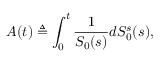
A ( t ) \triangleq \int _ { 0 } ^ { t } { \frac { 1 } { S _ { 0 } ( s ) } } d S _ { 0 } ^ { s } ( s ) ,